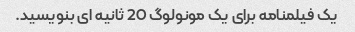
یک فیلمنامه برای یک مونولوگ 20 ثانیه ای بنویسید.